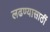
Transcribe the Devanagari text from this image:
लढण्यासाठीं